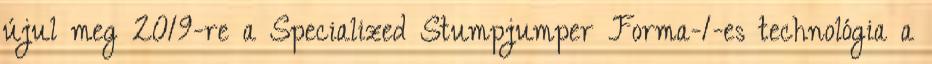
újul meg 2019-re a Specialized Stumpjumper Forma-1-es technológia a